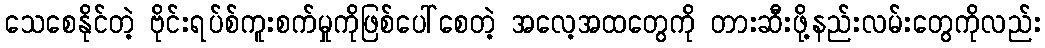
သေစေနိုင်တဲ့ ဗိုင်းရပ်စ်ကူးစက်မှုကိုဖြစ်ပေါ်စေတဲ့ အလေ့အထတွေကို တားဆီးဖို့နည်းလမ်းတွေကိုလည်း